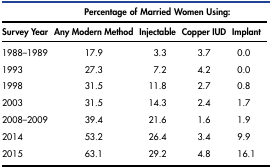
<table><thead><tr><td colspan="5"><b>Percentage of Married Women Using:</b></td></tr><tr><td><b>Survey Year</b></td><td><b>Any Modern Method</b></td><td><b>Injectable</b></td><td><b>Copper IUD</b></td><td><b>Implant</b></td></tr></thead><tbody><tr><td>1988–1989</td><td>17.9</td><td>3.3</td><td>3.7</td><td>0.0</td></tr><tr><td>1993</td><td>27.3</td><td>7.2</td><td>4.2</td><td>0.0</td></tr><tr><td>1998</td><td>31.5</td><td>11.8</td><td>2.7</td><td>0.8</td></tr><tr><td>2003</td><td>31.5</td><td>14.3</td><td>2.4</td><td>1.7</td></tr><tr><td>2008–2009</td><td>39.4</td><td>21.6</td><td>1.6</td><td>1.9</td></tr><tr><td>2014</td><td>53.2</td><td>26.4</td><td>3.4</td><td>9.9</td></tr><tr><td>2015</td><td>63.1</td><td>29.2</td><td>4.8</td><td>16.1</td></tr></tbody></table>